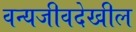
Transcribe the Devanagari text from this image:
वन्यजीवदेखील